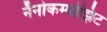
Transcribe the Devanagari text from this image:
नॅनोकम्पोझिट